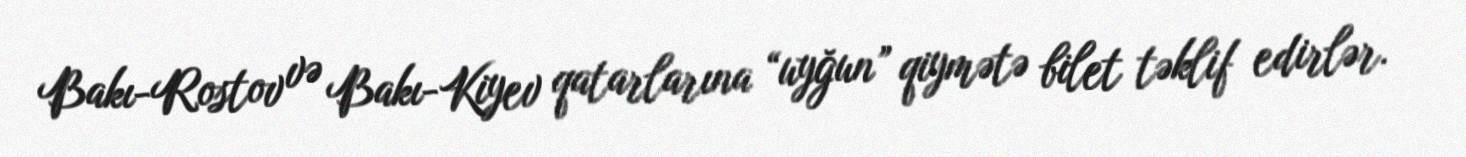
Bakı-Rostov və Bakı-Kiyev qatarlarına “uyğun” qiymətə bilet təklif edirlər.